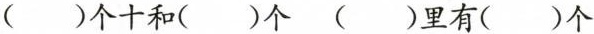
（ ）个十和（ ）个 （ ）里有（ ）个